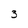
Character: 3